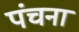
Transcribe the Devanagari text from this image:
पंचना